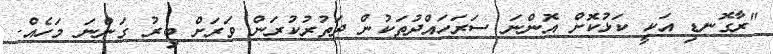
"ރާގޮނޑި އަކީ ކަޅުކޮށް އޮންނަ ސަރަހައްދުތަކުން ދަތުރުކުރަން ވަރަށް ބިރު ގަންނަ މަހެއް.